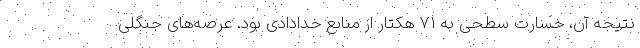
نتیجه آن، خسارت سطحی به ۷۱ هکتار از منابع خدادادی بود. عرصه‌های جنگلی